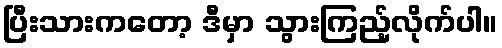
ပြီးသားကတော့ ဒီမှာ သွားကြည့်လိုက်ပါ။